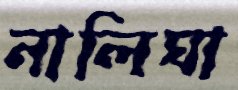
নালিঘা